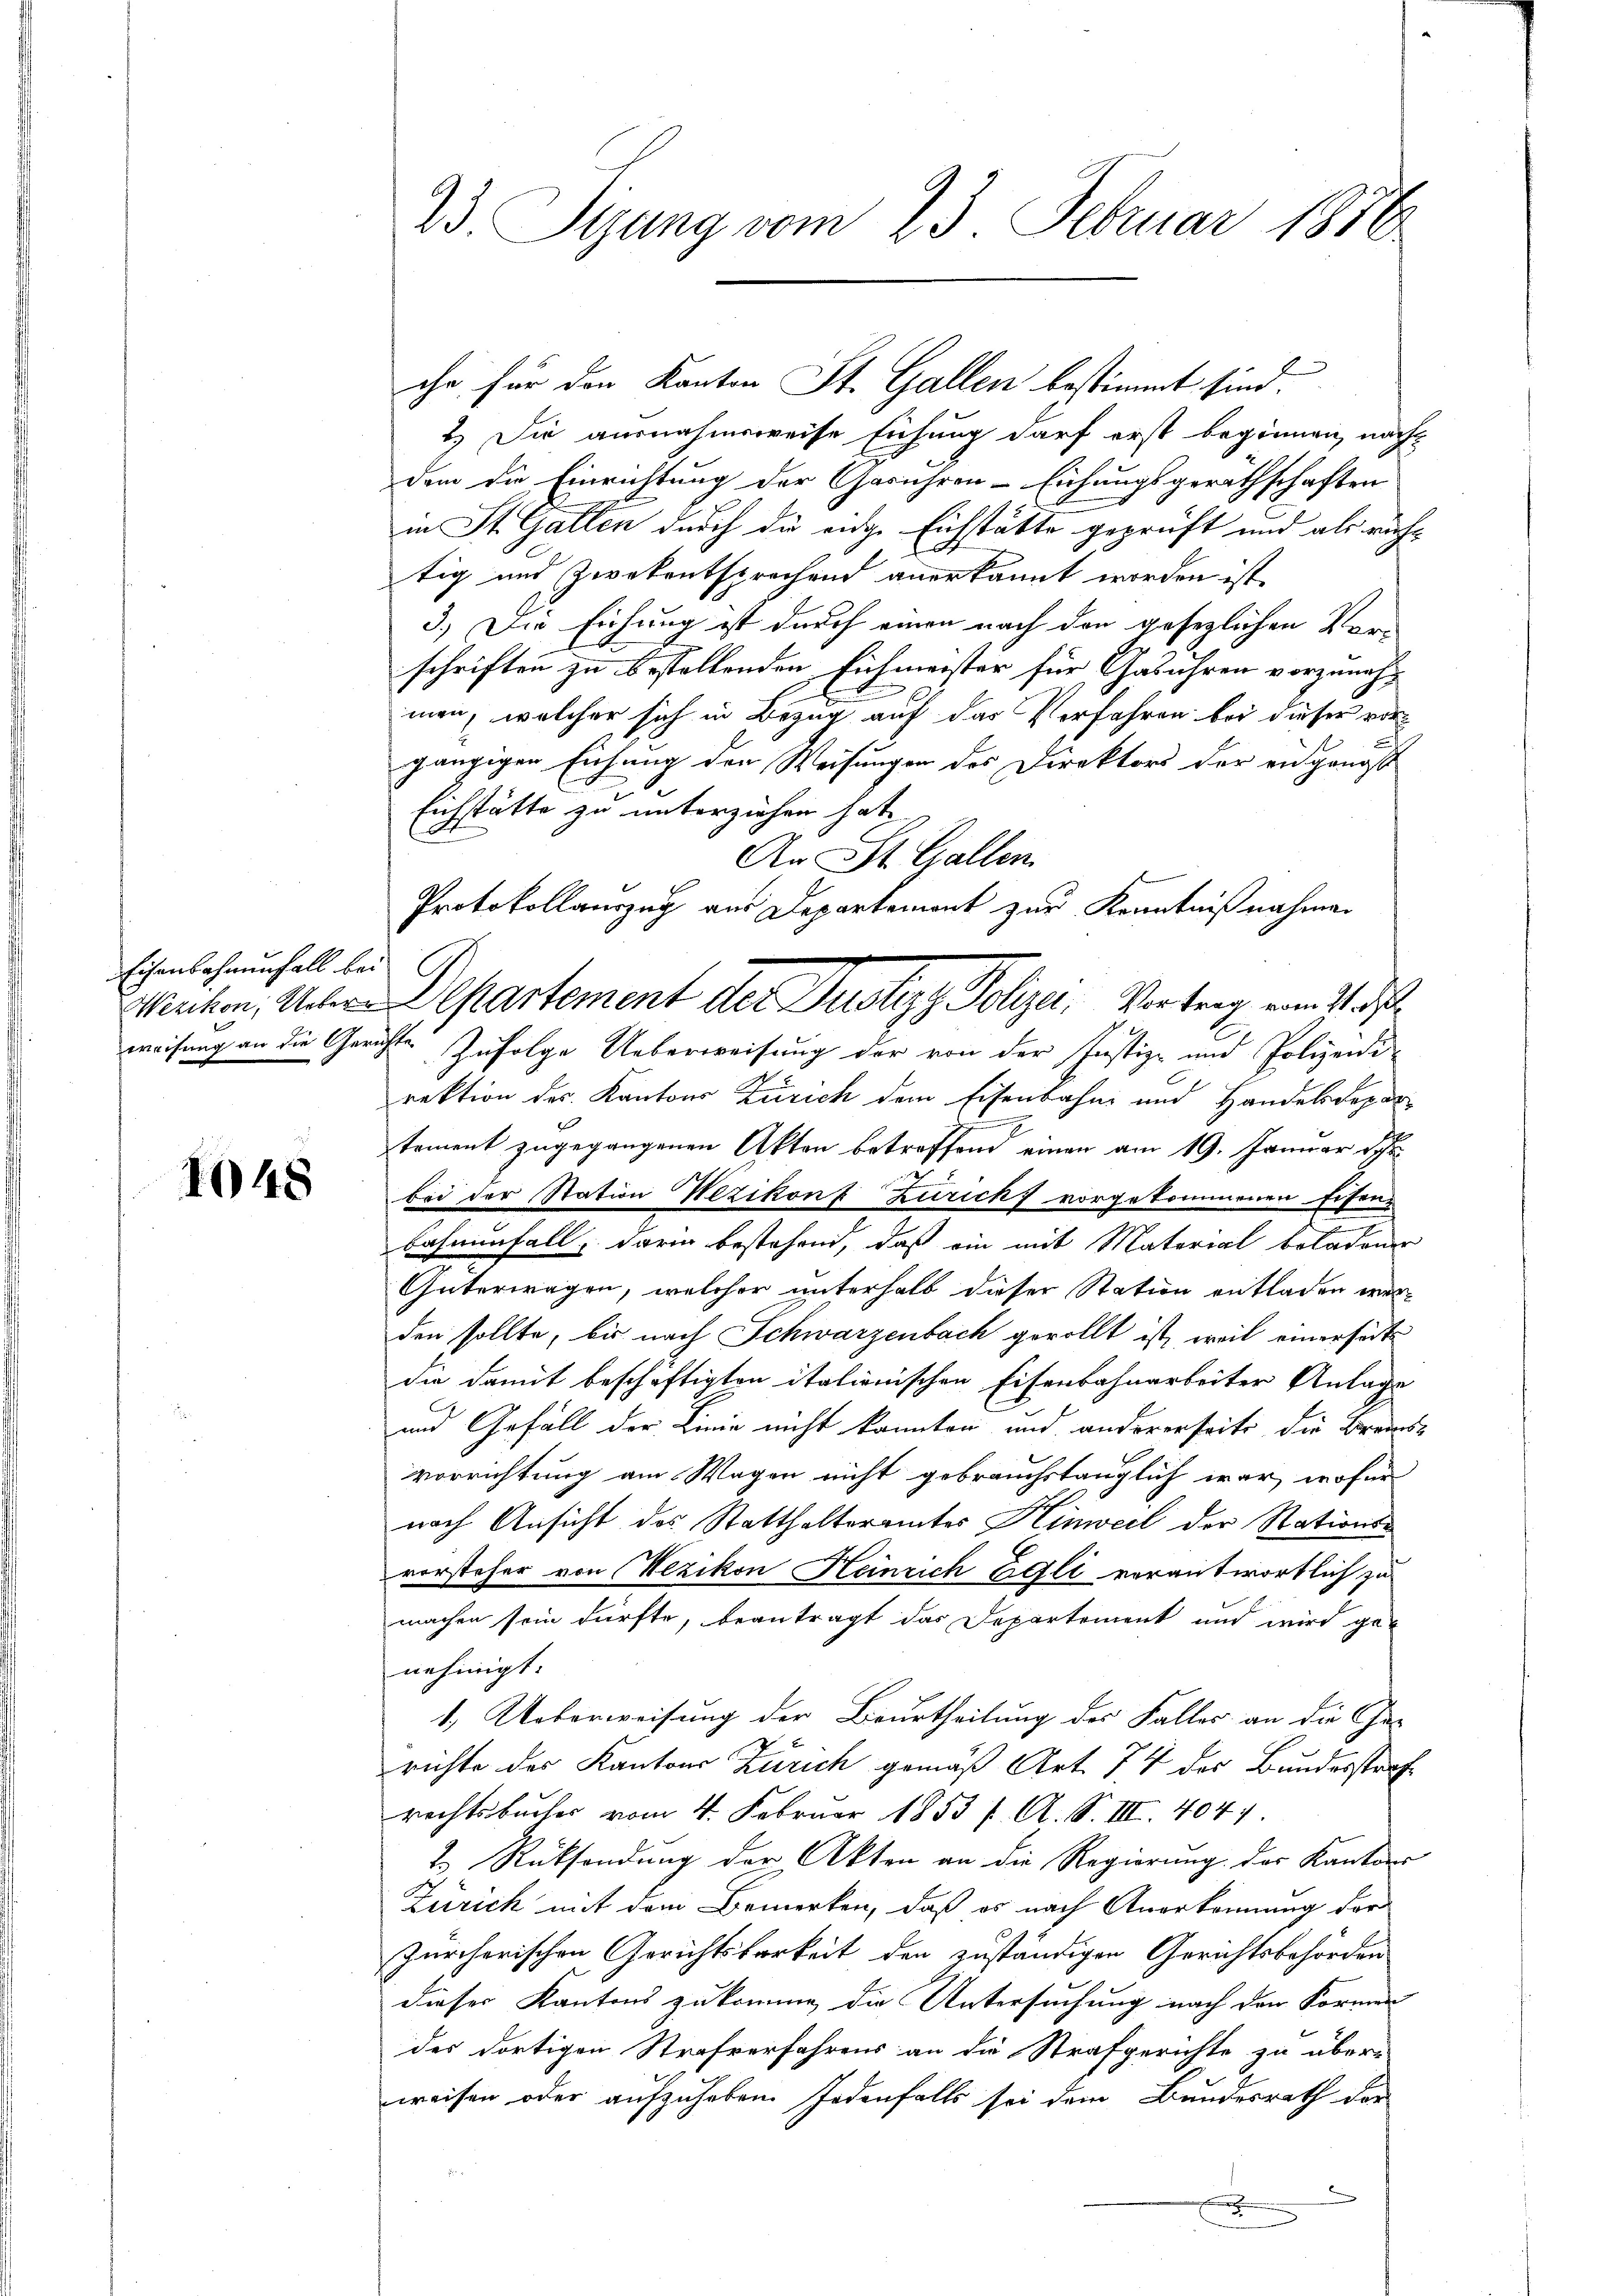
Eisenbahnenfall be¬
Wezikon, Ueber

1048

23. Sizung vom 23. Februar 1816

2. Die ausnahmsweise Eichung darf erst beginnen, nach
dem die Einrichtung der Gasuhren-Eichungsgeräthschaften
in St. Gallen durch die eidge Eichstätte geprüft und als rächtig und Zwekentsprechend anerkannt worden ist.
3.) Die Eichung ist durch einen nach den gesezlichen Verschriften zu bestellenden Eichmeister für Gebühren vorzuneh-
men, welcher sich in Bezug auf das Verfahren bei dieser vorgängigen Eichung den Weisungen des Direktors der eidgenöss
Eichstätte zu unterziehen hat.
An St. Gallen.
weisung an die Gerichte zufolge Ueberweisung der von der Justiz- und Polizeidi-
rektion des Kantons Zürich dem Eisenbahn und Handelsdepar
tement zugegangenen Akten betreffend einen am 19. Januar de
bei der Station Wezikon- Zurick vorgekommenen Eisenbahnenfall, darin bestehen, daß ein mit Material beladener
Güterwagen, welcher unterhalb dieser Station entladen werden sollte, bis nach Schwarzenbach gerollt ist, weil einerseits
die damit beschäftigten italionischen Eisenbahnarbeiter Anlage
und Gefall der Linie nicht konnten und andererseits die Brauns
vorrichtung am Wagen nicht gebrauchstauglich war, wofür
nach Ansicht des Statthalteramtes Hinweil der Stations-
vorsteher von Wezikon Heinrich Gitzli verantwortlich zu
machen sein dürfte, beantragt das Departement und wird genehmigt.
1.) Ueberweisung der Beurtheilung des Falles an die Gerichte des Kantons Zürich gemäß Art. 74 des Bundesstrafrechtsbucher vom 4. Februar 1853 / A. S. III. 404.
2.) Rücksendung der Akten an die Regierung der Kantons
Zürich mit dem Bemerken, daß es nach Anerkennung der
Zürcherischen Gerichtsbarkeit den zuständigen Gerichtsbehörden
dieser Kantons zukomme, die Untersuchung nach den Formen
des dortigen Strafverfahrens an die Strafgerichte zu über-
weisen oder aufzuheben. Jedenfalls sei dem Bundesrath der
x

che für den Kanton St. Gallen bestimmt sind.

Protokollauszug aus Departement zur Kenntnißnahmen
Departement der Justiz, Polizei, Vertrag von Auf¬